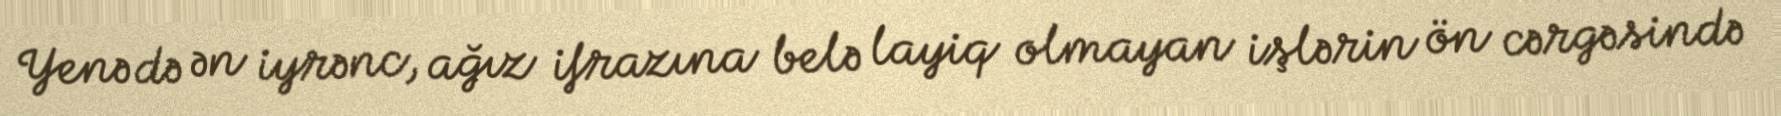
Yenə də ən iyrənc, ağız ifrazına belə layiq olmayan işlərin ön cərgəsində